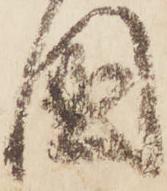
國